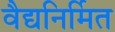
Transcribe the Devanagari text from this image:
वैद्यनिर्मित